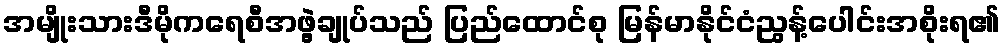
အမျိုးသားဒီမိုကရေစီအဖွဲ့ချုပ်သည် ပြည်ထောင်စု မြန်မာနိုင်ငံညွန့်ပေါင်းအစိုးရ၏